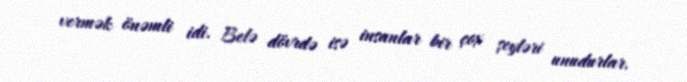
vermək önəmli idi. Belə dövrdə isə insanlar bir çox şeyləri unudurlar.